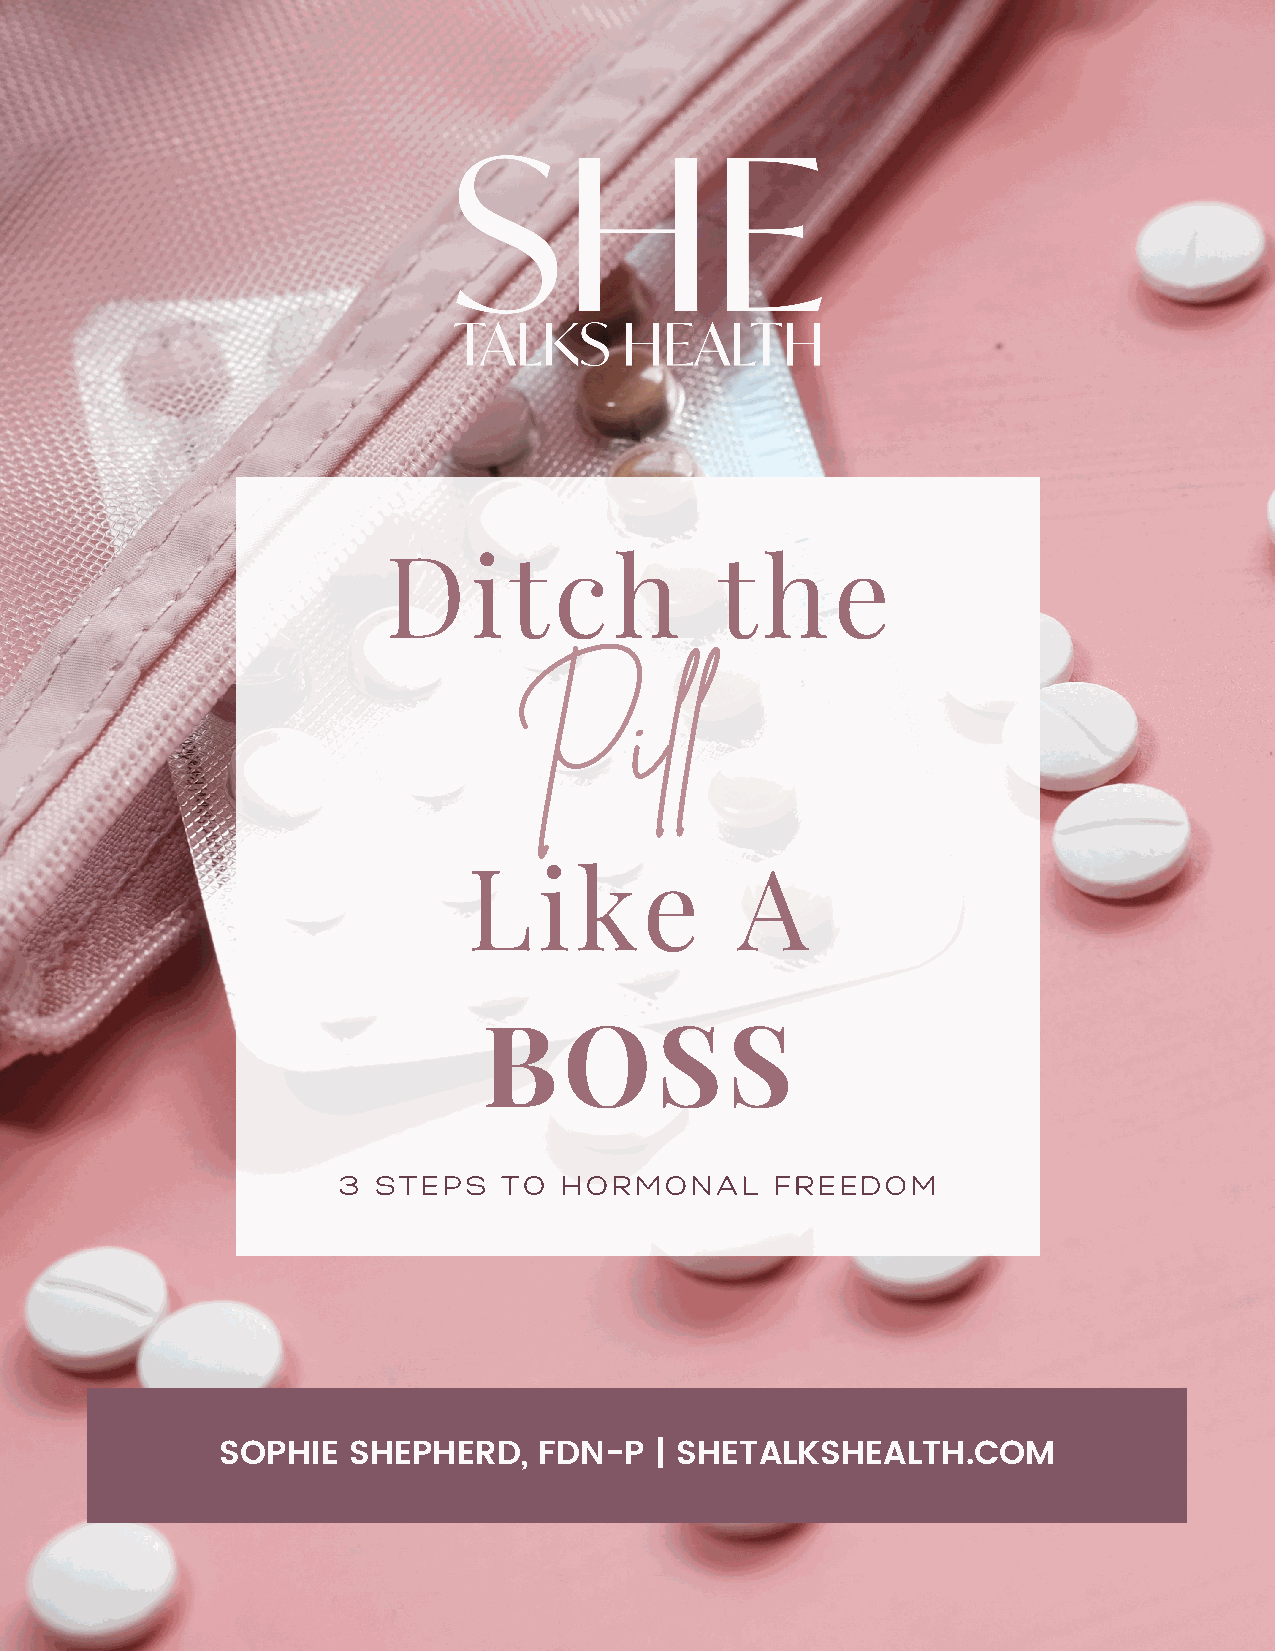
Ditch                  the
 P       i l l
 Like              A
 BOSS
 3  STEPS   TO  HORMONAL      FREEDOM
 SOPHIE  SHEPHERD,    FDN-P  | SHETALKSHEALTH.COM